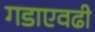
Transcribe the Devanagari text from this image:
गडाएवढी